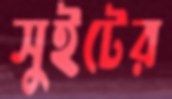
সুইটের